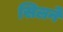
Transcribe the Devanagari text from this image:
सिलने